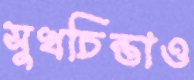
সুখচিন্তাও